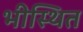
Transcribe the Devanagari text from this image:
भीस्थित